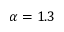
\alpha = 1 . 3